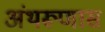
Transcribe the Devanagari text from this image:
अंथरूणास